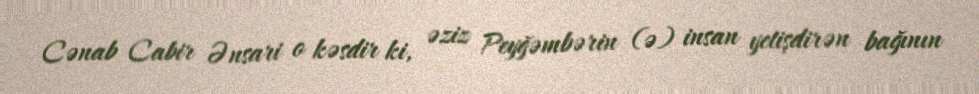
Cənab Cabir Ənsari o kəsdir ki, əziz Peyğəmbərin (ə) insan yetişdirən bağının